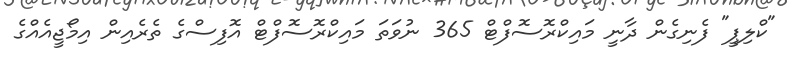
"ކްލިޕީ" ފެނިގެން ދާނީ މައިކްރޮސޮފްޓް 365 ނުވަތަ މައިކްރޮސޮފްޓް އޮފިސްގެ ތެރެއިން އިމޯޖީއެއްގެ